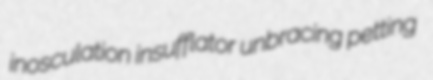
inosculation insufflator unbracing petting